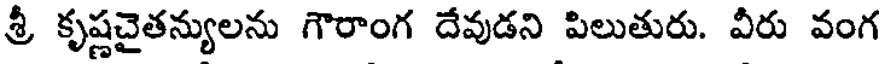
శ్రీ కృష్ణచైతన్యులను గౌరాంగ దేవుడని పిలుతురు. వీరు వంగ